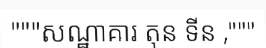
"""សណ្ឋាគារ តុន ទីន ,"""